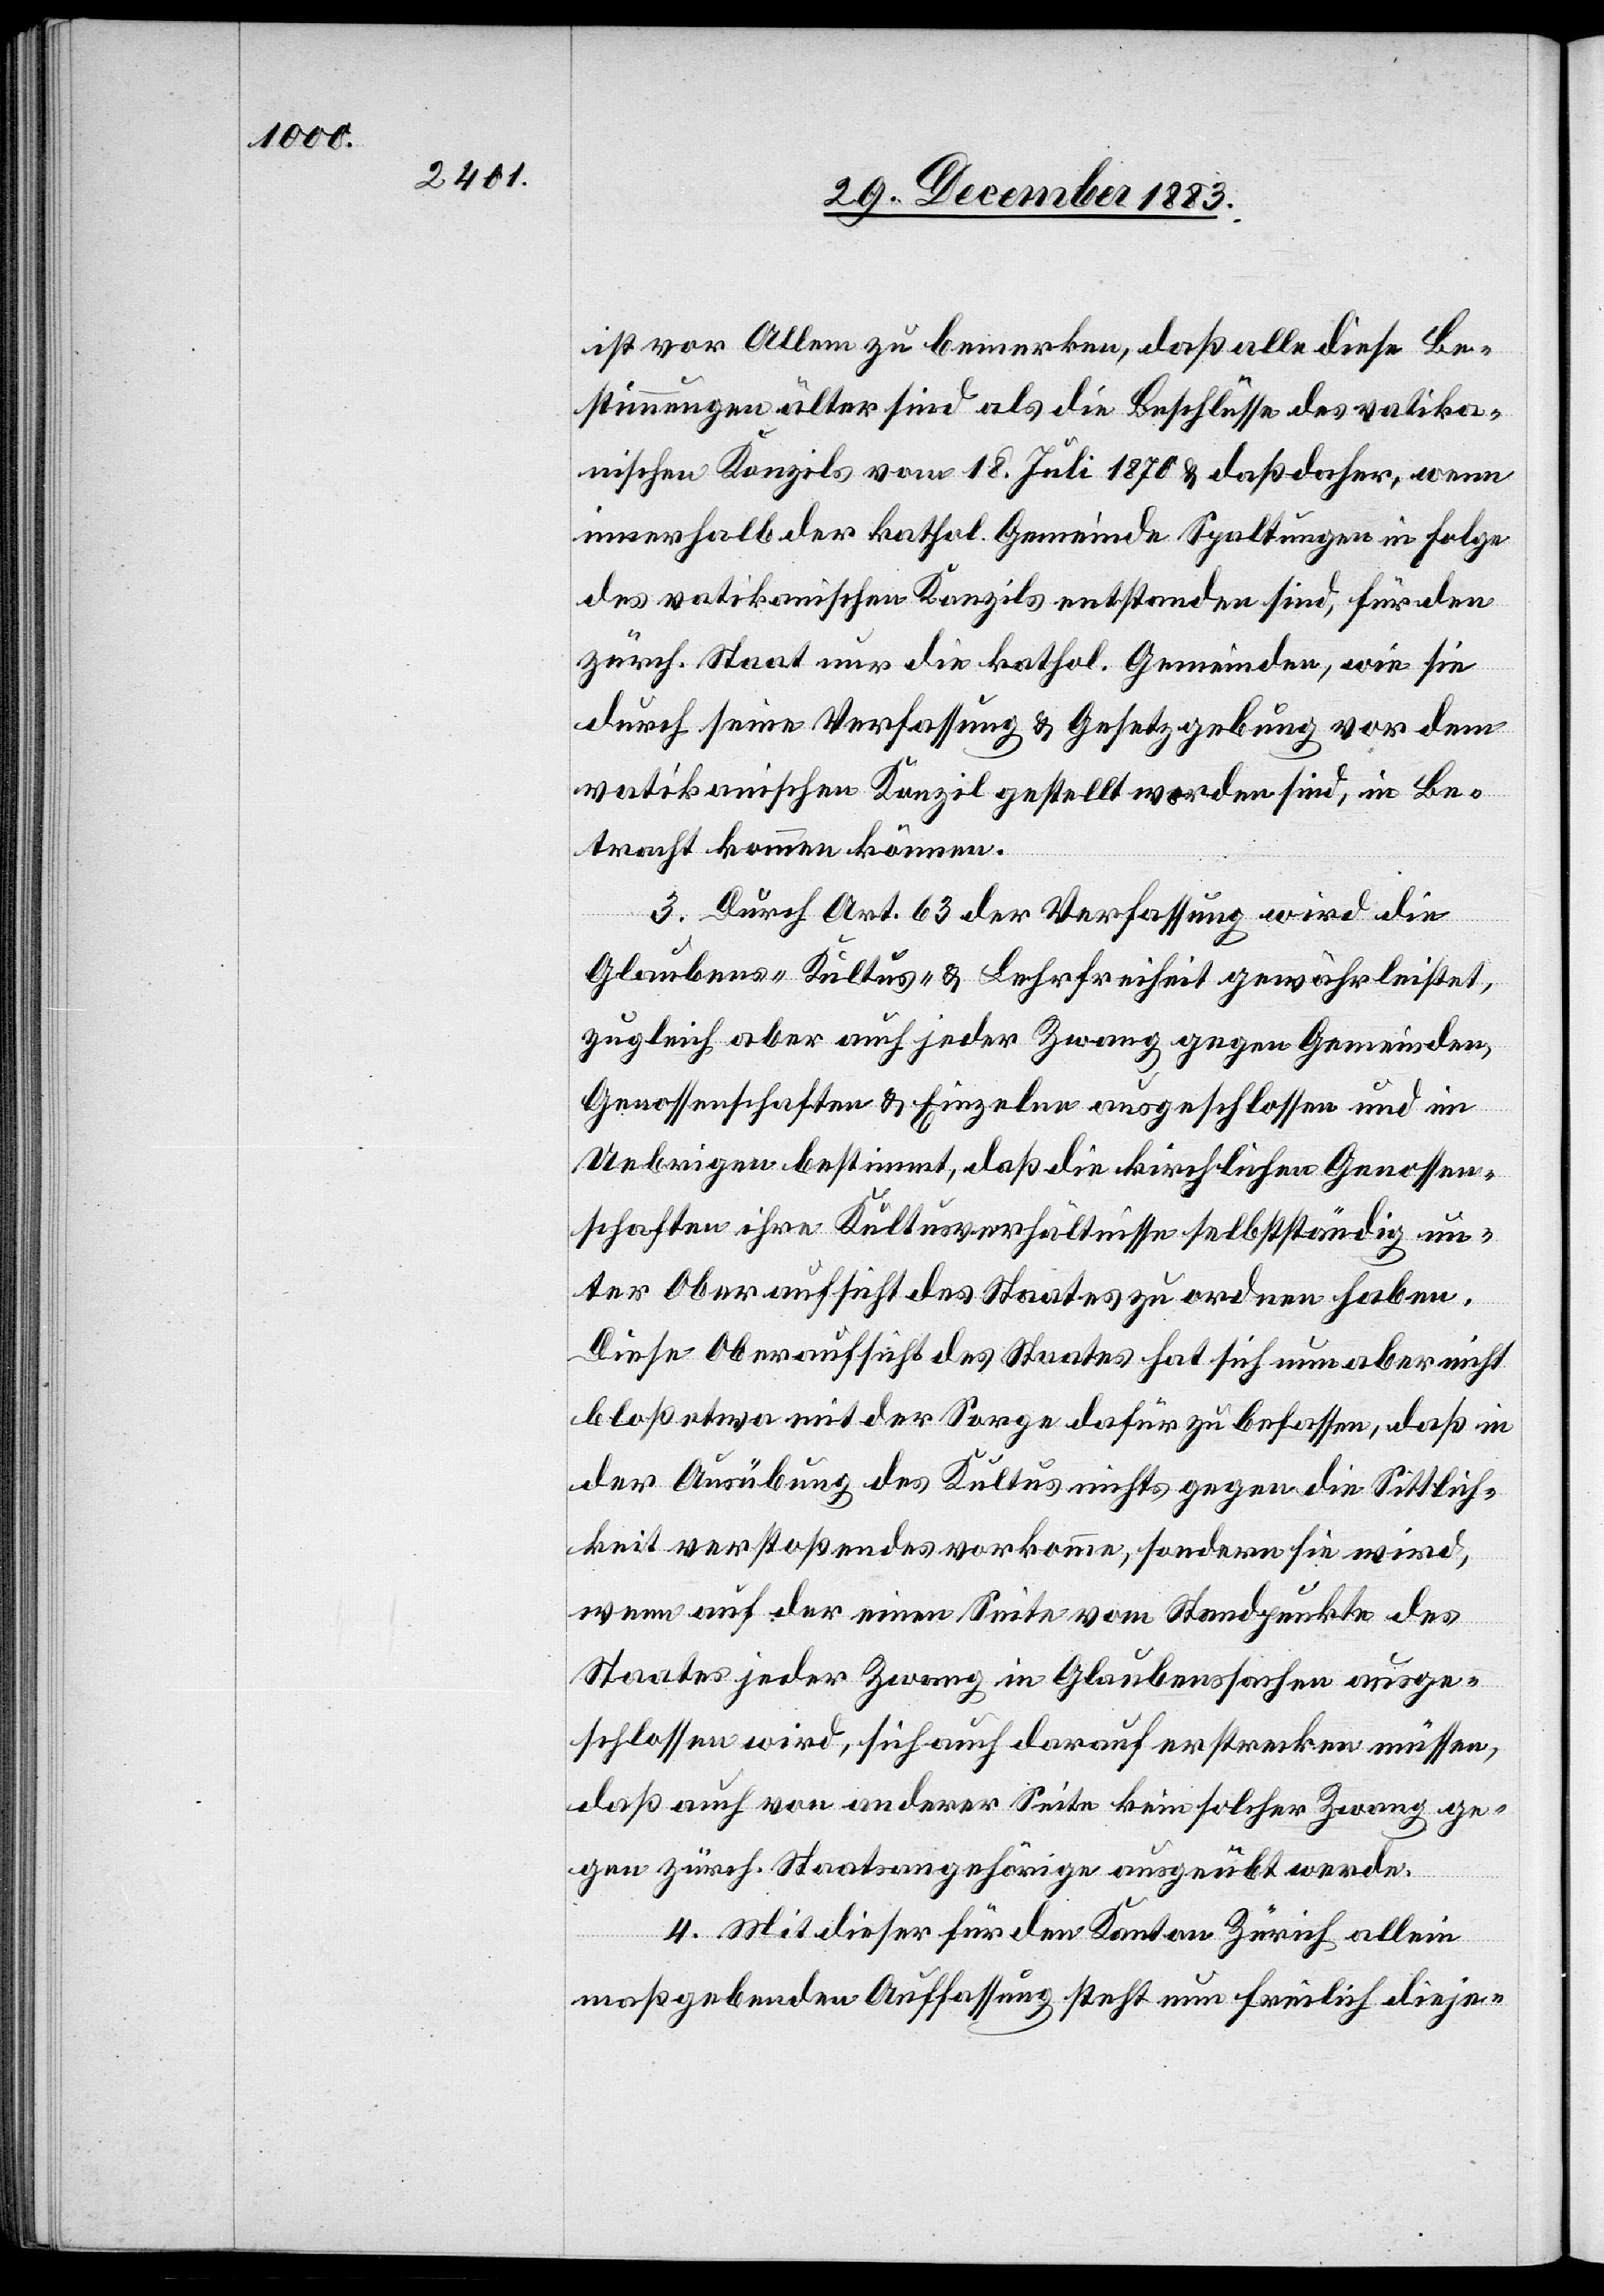
ist vor Allem zu bemerken, daß alle diese Be¬
stimmungen älter sind als die Beschlüsse des vatika¬
nischen Konzils vom 18. Juli 1870 & daß daher, wenn
innerhalb der kathol. Gemeinde Spaltungen in Folge
des vatikanischen Konzils entstanden sind, für den
zürch. Staat nur die kathol. Gemeinden, wie sie
durch seine Verfassung & Gesetzgebung vor dem
vatikanischen Konzil gestellt worden sind, in Be¬
tracht kommen können.
3. Durch Art. 63 der Verfassung wird die
Glaubens-[,] Kultus- & Lehrfreiheit gewährleistet,
zugleich aber auch jeder Zwang gegen Gemeinden,
Genossenschaften & Einzelne ausgeschlossen und im
Uebrigen bestimmt, daß die kirchlichen Genossen¬
schaften ihre Kultusverhältnisse selbstständig un¬
ter Oberaufsicht des Staates zu ordnen haben.
Diese Oberaufsicht des Staates hat sich nun aber nicht
bloß etwa mit der Sorge dafür zu befassen, daß in
der Ausübung des Kultus nichts gegen die Sittlich¬
keit verstoßendes vorkomme, sondern sie wird,
wenn auf der einen Seite vom Standpunkte des
Staates jeder Zwang in Glaubenssachen ausge¬
schlossen wird, sich auch darauf erstrecken müssen,
daß auch von anderer Seite kein solcher zwang ge¬
gen zürch. Staatsangehörige ausgeübt werde.
4. Mit dieser für den Kanton Zürich allein
maßgebenden Auffassung steht nun freilich dieje-